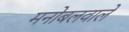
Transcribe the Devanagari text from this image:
मनोबलवाले